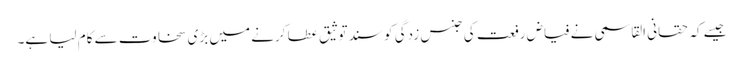
جیسے کہ حقانی القاسمی نے فیاض رفعت کی جنس زدگی کو سند توثیق عطا کرنے میں بڑی سخاوت سے کام لیا ہے۔